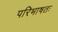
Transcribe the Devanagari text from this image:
परिभाषतः